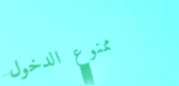
ممنوع الدخول